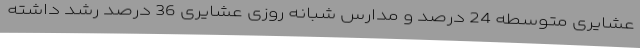
عشایری متوسطه 24 درصد و مدارس شبانه روزی عشایری 36 درصد رشد داشته